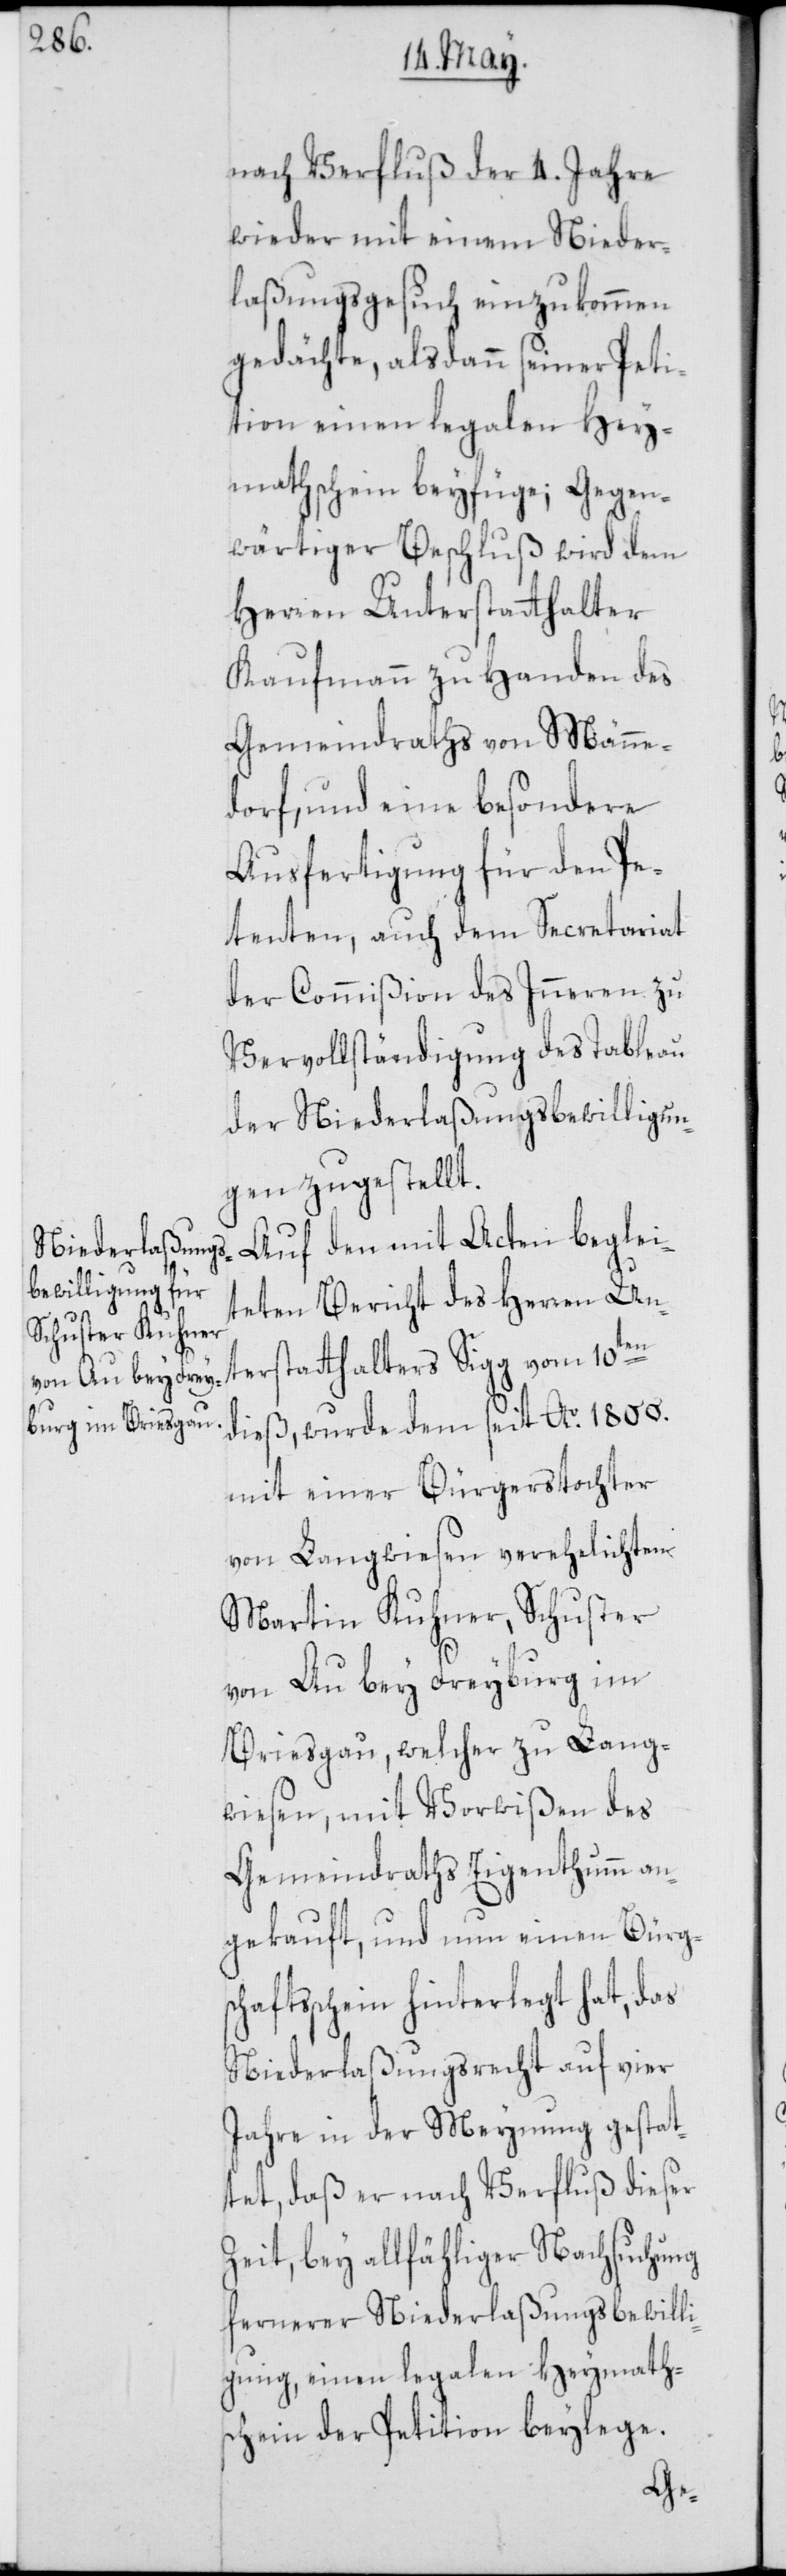
nach Verfluß der 4. Jahre
wieder mit einem Nieder¬
laßungsgesuch einzukommen
gedächte, alsdann seiner Peti¬
tion einen legalen Hey¬
mathschein beyfüge; Gegen¬
wärtiger Beschluß wird dem
Herren Unterstatthalter
Kaufmann zu Handen des
Gemeindraths von Männe¬
dorf, und eine besondere
Ausfertigung für den Pe¬
tenten, auch dem Secretariat
der Comißion des Inneren zu
Vervollständigung des Tableau
der Niederlaßungbewilligun¬
gen zugestellt.
Auf den mit Acten beglei¬
teten Bericht des Herren Un¬
terstatthalters Sigg vom 10ten
dieß, wurde dem seit Ao. 1800.
mit einer Bürgerstochter
von Langwiesen verehelichtem
Martin Kuhner, Schuster
von Au bey Freyburg im
Briesgau, welcher zu Lang¬
wiesen, mit Vorwißen des
Gemeindraths Eigenthumm an¬
gekauft, und nun einen Bürgs¬
chaftsschein hinterlegt hat, das
Niederlaßungsrecht auf vier
Jahre in der Meynung gestat¬
tet, daß er nach Verfluß dieser
Zeit, bey allfähliger Nachsuchung
fernerer Niederlaßungsbewilli¬
gung, einen legalen Heymaths¬
chein der Petition beylege.